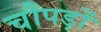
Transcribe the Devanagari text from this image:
चौपड़ों